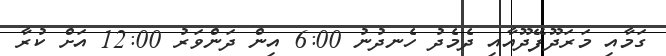
ގަމާއި މަރަދޫފޭދޫއާއި ދެމެދު ހެނދުނު 6:00 އިން ދަންވަރު 12:00 އަށް ކުރާ